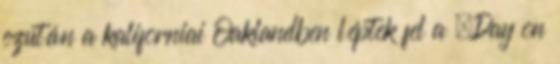
ezután a kaliforniai Oaklandben léptek fel a „Day on